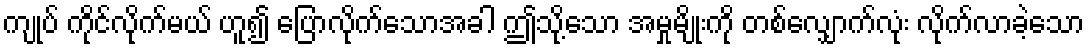
ကျုပ် ကိုင်လိုက်မယ် ဟူ၍ ပြောလိုက်သောအခါ ဤသို့သော အမှုမျိုးကို တစ်လျှောက်လုံး လိုက်လာခဲ့သော